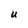
Character: U